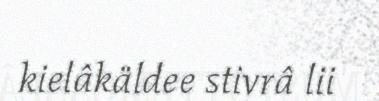
kielâkäldee stivrâ lii